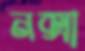
নক্সা